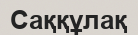
Саққұлақ